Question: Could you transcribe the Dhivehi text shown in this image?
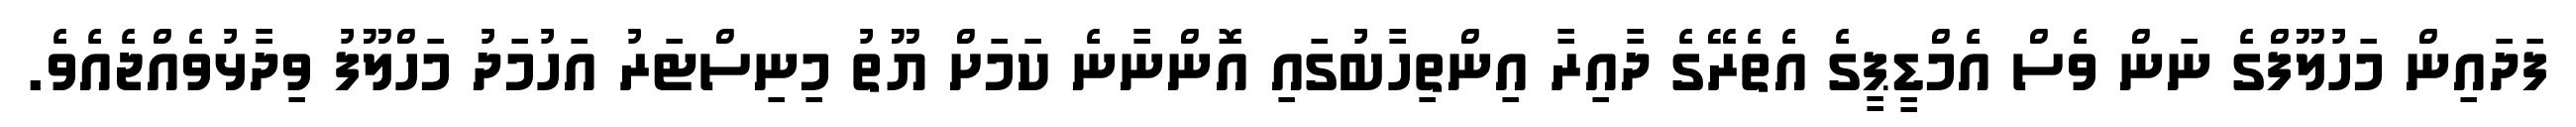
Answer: ފަދައިން މަހުލޫފްގެ ނަން ވެސް އެމްޑީޕީގެ އެތެރޭގެ ދާއިރާ އިންތިހާބުގައި އޮންނާނެ ކަމަށް ޔޫތު މިނިސްޓަރު އަހުމަދު މަހްލޫފު ވިދާޅުވެއްޖެއެވެ.